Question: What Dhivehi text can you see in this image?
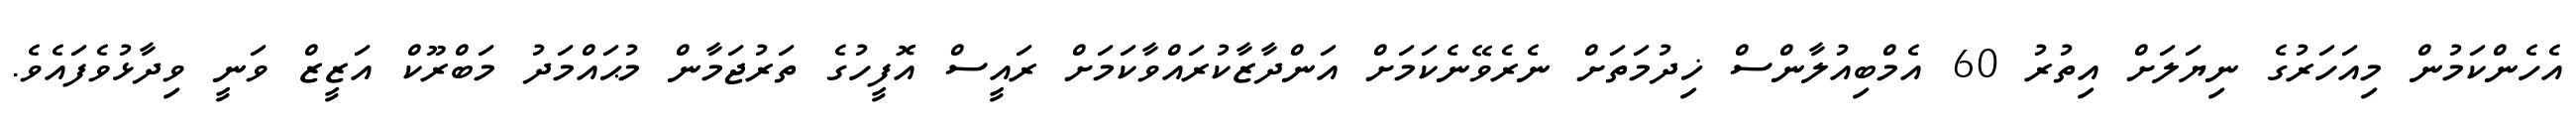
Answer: އެހެންކަމުން މިއަހަރުގެ ނިޔަލަށް އިތުރު 60 އެމްބިއުލާންސް ޚިދުމަތަށް ނެރެވޭނެކަމަށް އަންދާޒާކުރައްވާކަމަށް ރައީސް އޮފީހުގެ ތަރުޖަމާން މުޙައްމަދު މަބްރޫކް އަޒީޒް ވަނީ ވިދާޅުވެފައެވެ.